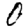
Digit: 0